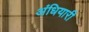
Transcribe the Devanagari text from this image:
अंधियारी